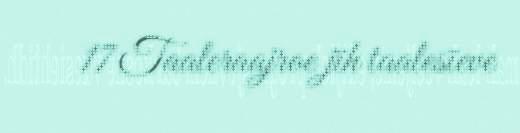
17 Taaleraajroe jïh taalesïeve